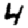
Digit: 4